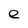
Character: e